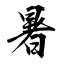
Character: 暑